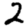
Digit: 2